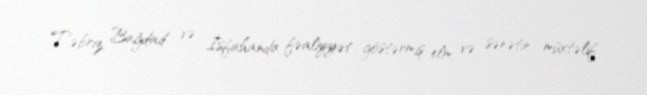
Təbriz, Bağdad və İsfahanda fəaliyyət göstərmiş, elm və sənətin müxtəlif